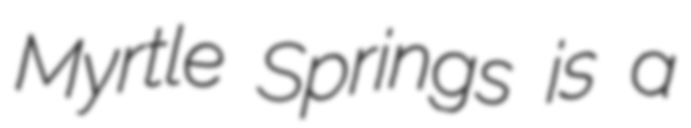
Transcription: Myrtle Springs is a